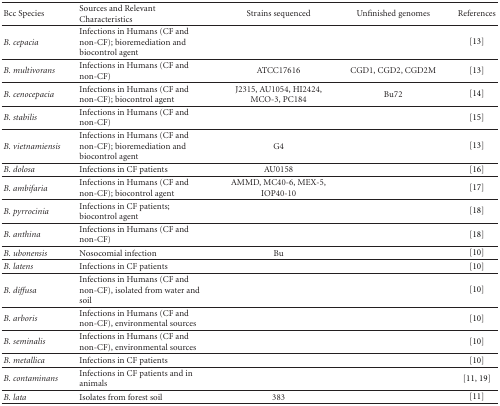
<table><thead><tr><td><b>Bcc Species</b></td><td><b>Sources and Relevant Characteristics</b></td><td><b>Strains sequenced</b></td><td><b>Unfinished genomes</b></td><td><b>References</b></td></tr></thead><tbody><tr><td><i>B. cepacia</i></td><td>Infections in Humans (CF and non-CF); bioremediation and biocontrol agent</td><td></td><td></td><td>[13] </td></tr><tr><td><i>B. multivorans</i></td><td>Infections in Humans (CF and non-CF)</td><td>ATCC17616</td><td>CGD1, CGD2, CGD2M</td><td>[13] </td></tr><tr><td><i>B. cenocepacia</i></td><td>Infections in Humans (CF and non-CF); biocontrol agent</td><td>J2315, AU1054, HI2424, MCO-3, PC184</td><td>Bu72</td><td>[14] </td></tr><tr><td><i>B. stabilis</i></td><td>Infections in Humans (CF and non-CF)</td><td></td><td></td><td>[15] </td></tr><tr><td><i>B. vietnamiensis</i></td><td>Infections in Humans (CF and non-CF); bioremediation and biocontrol agent</td><td>G4</td><td></td><td>[13] </td></tr><tr><td><i>B. dolosa</i></td><td>Infections in CF patients</td><td>AU0158</td><td></td><td>[16] </td></tr><tr><td><i>B. ambifaria</i></td><td>Infections in Humans (CF and non-CF); biocontrol agent</td><td>AMMD, MC40-6, MEX-5, IOP40-10</td><td></td><td>[17] </td></tr><tr><td><i>B. pyrrocinia</i></td><td>Infections in CF patients; biocontrol agent</td><td></td><td></td><td>[18] </td></tr><tr><td><i>B. anthina</i></td><td>Infections in Humans (CF and non-CF)</td><td></td><td></td><td>[18] </td></tr><tr><td><i>B. ubonensis</i></td><td>Nosocomial infection</td><td>Bu</td><td></td><td>[10] </td></tr><tr><td><i>B. latens</i></td><td>Infections in CF patients</td><td></td><td></td><td>[10] </td></tr><tr><td><i>B. diffusa</i></td><td>Infections in Humans (CF and non-CF), isolated from water and soil</td><td></td><td></td><td>[10] </td></tr><tr><td><i>B. arboris</i></td><td>Infections in Humans (CF and non-CF), environmental sources</td><td></td><td></td><td>[10] </td></tr><tr><td><i>B. seminalis</i></td><td>Infections in Humans (CF and non-CF), environmental sources</td><td></td><td></td><td>[10] </td></tr><tr><td><i>B. metallica</i></td><td>Infections in CF patients</td><td></td><td></td><td>[10] </td></tr><tr><td><i>B. contaminans</i></td><td>Infections in CF patients and in animals</td><td></td><td></td><td>[11, 19] </td></tr><tr><td><i>B. lata</i></td><td>Isolates from forest soil</td><td>383</td><td></td><td>[11]</td></tr></tbody></table>